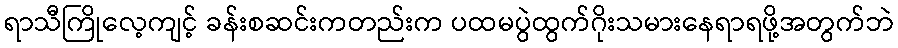
ရာသီကြိုလေ့ကျင့် ခန်းစဆင်းကတည်းက ပထမပွဲထွက်ဂိုးသမားနေရာရဖို့အတွက်ဘဲ